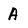
Character: A